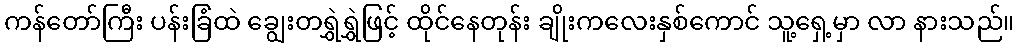
ကန်တော်ကြီး ပန်းခြံထဲ ချွေးတရွှဲရွှဲဖြင့် ထိုင်နေတုန်း ချိုးကလေးနှစ်ကောင် သူ့ရှေ့မှာ လာ နားသည်။